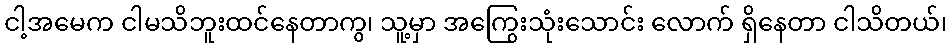
ငါ့အမေက ငါမသိဘူးထင်နေတာကွ၊ သူ့မှာ အကြွေးသုံးသောင်း လောက် ရှိနေတာ ငါသိတယ်၊